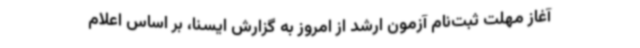
آغاز مهلت ثبت‌نام آزمون ارشد از امروز به گزارش ایسنا، بر اساس اعلام